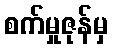
စက်မှုဇုန်မှ